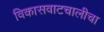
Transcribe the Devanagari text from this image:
विकासवाटचालीचा